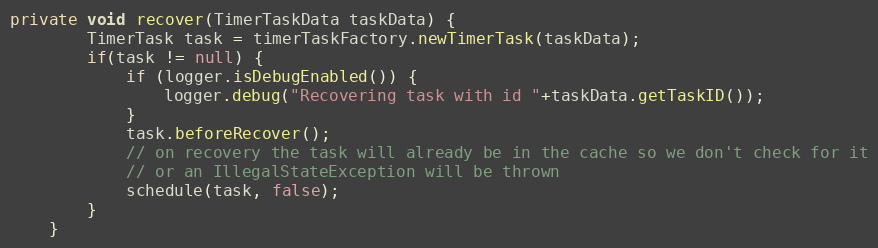
Language: Java
private void recover(TimerTaskData taskData) {
		TimerTask task = timerTaskFactory.newTimerTask(taskData);
		if(task != null) {
			if (logger.isDebugEnabled()) {
				logger.debug("Recovering task with id "+taskData.getTaskID());
			}
			task.beforeRecover();
			// on recovery the task will already be in the cache so we don't check for it
			// or an IllegalStateException will be thrown
			schedule(task, false);
		}
	}